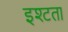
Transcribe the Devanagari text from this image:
इश्टता